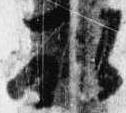
取